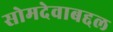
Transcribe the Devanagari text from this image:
सोमदेवाबद्दल